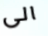
الى